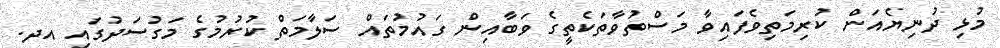
މުޅި ދުނިޔެއަށް ކުރިމަތިވެފައިވާ މަސްތުވާތަކެތީގެ ވަބާއިން ގައުމުތައް ސަލާމަތް ކުރުމުގެ މަގުސަދުގައި އދ.